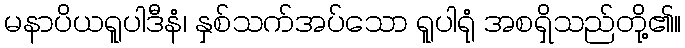
မနာပိယရူပါဒီနံ၊ နှစ်သက်အပ်သော ရူပါရုံ အစရှိသည်တို့၏။